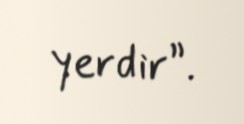
yerdir”.